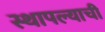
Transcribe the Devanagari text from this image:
स्थापल्याची